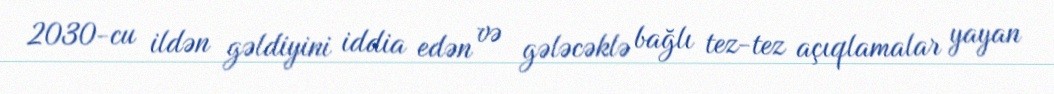
2030-cu ildən gəldiyini iddia edən və gələcəklə bağlı tez-tez açıqlamalar yayan